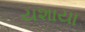
યશાયા